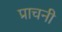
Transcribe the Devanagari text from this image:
प्राचनी